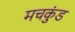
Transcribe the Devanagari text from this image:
मचकुंड